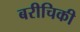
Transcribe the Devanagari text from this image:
बरीचिकी